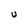
Character: U